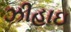
ઝીહાઇ